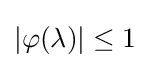
\left\vert \varphi (\lambda )\right\vert \leq 1